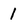
Character: 1